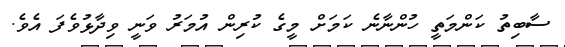
ސާބިތު ކަންމަތީ ހުންނާނެ ކަމަށް މީގެ ކުރިން އުމަރު ވަނީ ވިދާޅުވެފަ އެވެ.